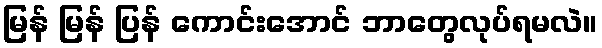
မြန် မြန် ပြန် ကောင်းအောင် ဘာတွေလုပ်ရမလဲ။